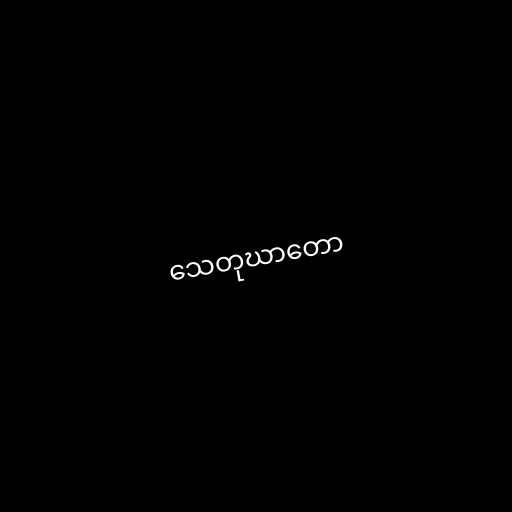
သေတုဃာတော